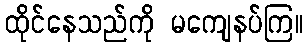
ထိုင်နေသည်ကို မကျေနပ်ကြ။